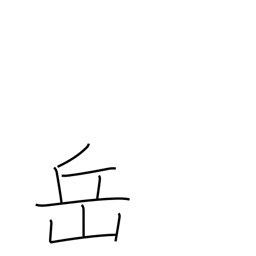
Meaning: mountain